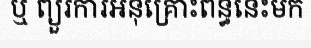
ឬ ព្យួរការអនុគ្រោះពន្ធនេះមក